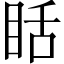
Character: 䀨